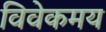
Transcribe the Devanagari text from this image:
विवेकमय